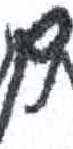
אות: ם